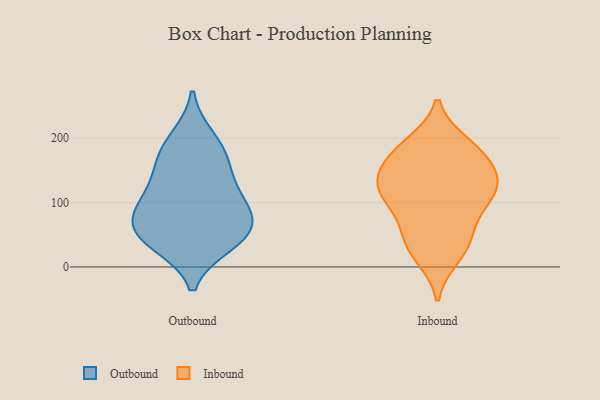
{"axis": {"x": "Budget (USD K)", "y": "Value"}, "legend": ["Inbound", "Outbound"], "data": [{"x": "", "y": 199, "type": "Outbound"}, {"x": "", "y": 162, "type": "Outbound"}, {"x": "", "y": 98, "type": "Outbound"}, {"x": "", "y": 46, "type": "Outbound"}, {"x": "", "y": 76, "type": "Outbound"}, {"x": "", "y": 174, "type": "Outbound"}, {"x": "", "y": 51, "type": "Outbound"}, {"x": "", "y": 37, "type": "Outbound"}, {"x": "", "y": 101, "type": "Outbound"}, {"x": "", "y": 59, "type": "Outbound"}, {"x": "", "y": 126, "type": "Outbound"}, {"x": "", "y": 181, "type": "Inbound"}, {"x": "", "y": 165, "type": "Inbound"}, {"x": "", "y": 181, "type": "Inbound"}, {"x": "", "y": 40, "type": "Inbound"}, {"x": "", "y": 190, "type": "Inbound"}, {"x": "", "y": 123, "type": "Inbound"}, {"x": "", "y": 108, "type": "Inbound"}, {"x": "", "y": 32, "type": "Inbound"}, {"x": "", "y": 124, "type": "Inbound"}, {"x": "", "y": 136, "type": "Inbound"}, {"x": "", "y": 62, "type": "Inbound"}, {"x": "", "y": 143, "type": "Inbound"}, {"x": "", "y": 90, "type": "Inbound"}, {"x": "", "y": 17, "type": "Inbound"}, {"x": "", "y": 116, "type": "Inbound"}]}